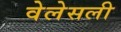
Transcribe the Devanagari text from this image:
वेलेसली